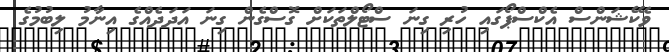
ވެކޭޝަންސް އެކްސްޕޯގައި ހުރި ގިނަ ސްޓޯލްތަކަށް ގޮސްގެން ގިނަ އަދަދެއްގެ އިނާމު ލިބުމުގެ